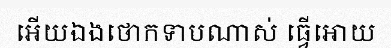
អើយឯងថោកទាបណាស់ ធ្វើអោយ